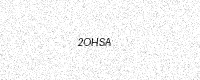
Text: 2OHSA